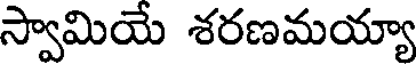
స్వామియే శరణమయ్యా